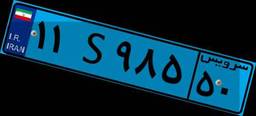
۱۱S۹۸۵۵۰